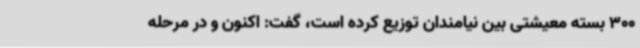
300 بسته معیشتی بین نیامندان توزیع کرده است، گفت: اکنون و در مرحله